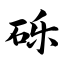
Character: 砾